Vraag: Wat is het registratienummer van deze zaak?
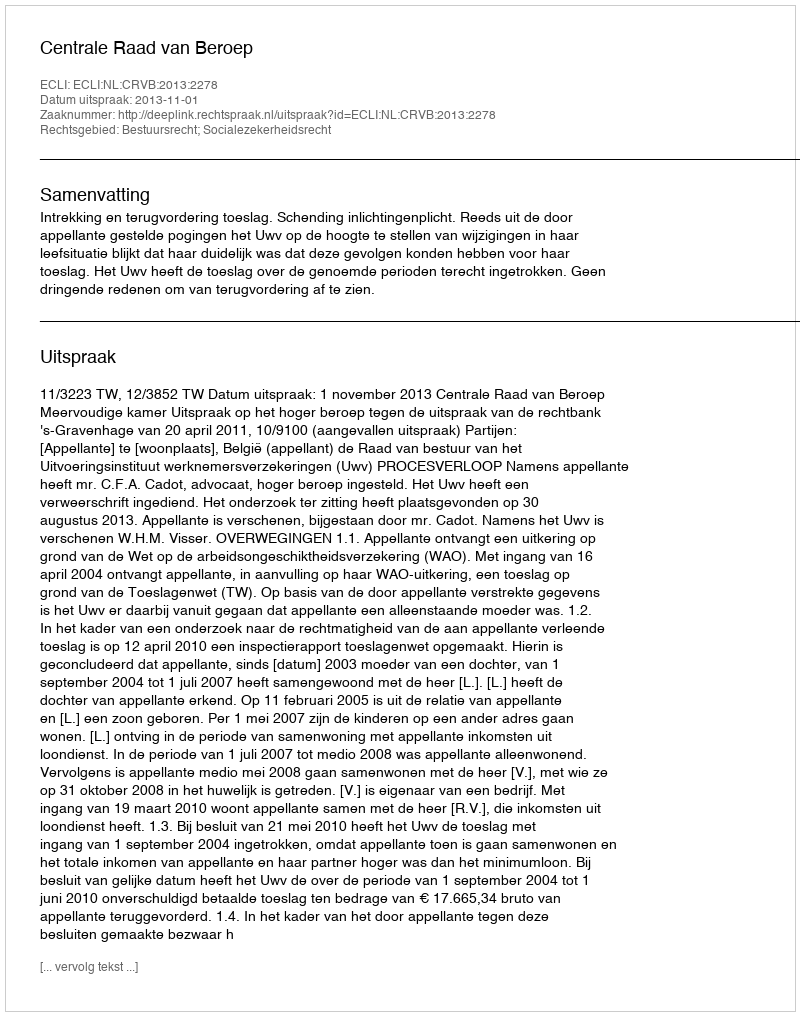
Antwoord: http://deeplink.rechtspraak.nl/uitspraak?id=ECLI:NL:CRVB:2013:2278